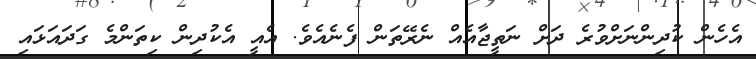
އެހެން ކުދިންނަށްވުރެ ދަށް ނަތީޖާއެއް ނެރޭތަން ފެނެއެވެ. އެއީ އެކުދިން ކިތަންމެ ގަދައަޅައި